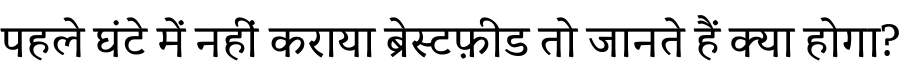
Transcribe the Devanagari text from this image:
पहले घंटे में नहीं कराया ब्रेस्टफ़ीड तो जानते हैं क्या होगा?